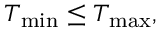
T _ { \mathrm { m i n } } \leq T _ { \mathrm { m a x } } ,